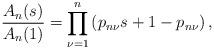
LaTeX: \begin{align*} \frac{A_n (s)}{A_n(1)} = \prod_{\nu=1}^n\, (p_{n\nu} s + 1 - p_{n\nu})\, ,\end{align*}